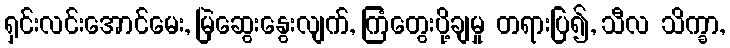
ရှင်းလင်းအောင်မေး, မြဲဆွေးနွေးလျက်, ကြံတွေးပို့ချမှု တရားပြ၍, သီလ သိက္ခာ,